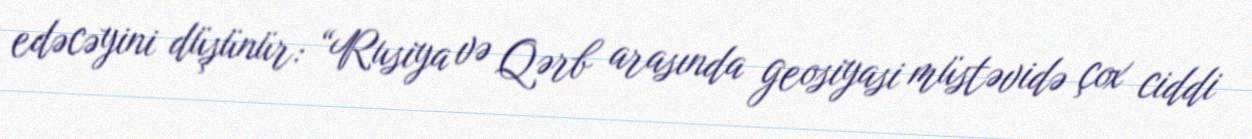
edəcəyini düşünür: “Rusiya və Qərb arasında geosiyasi müstəvidə çox ciddi